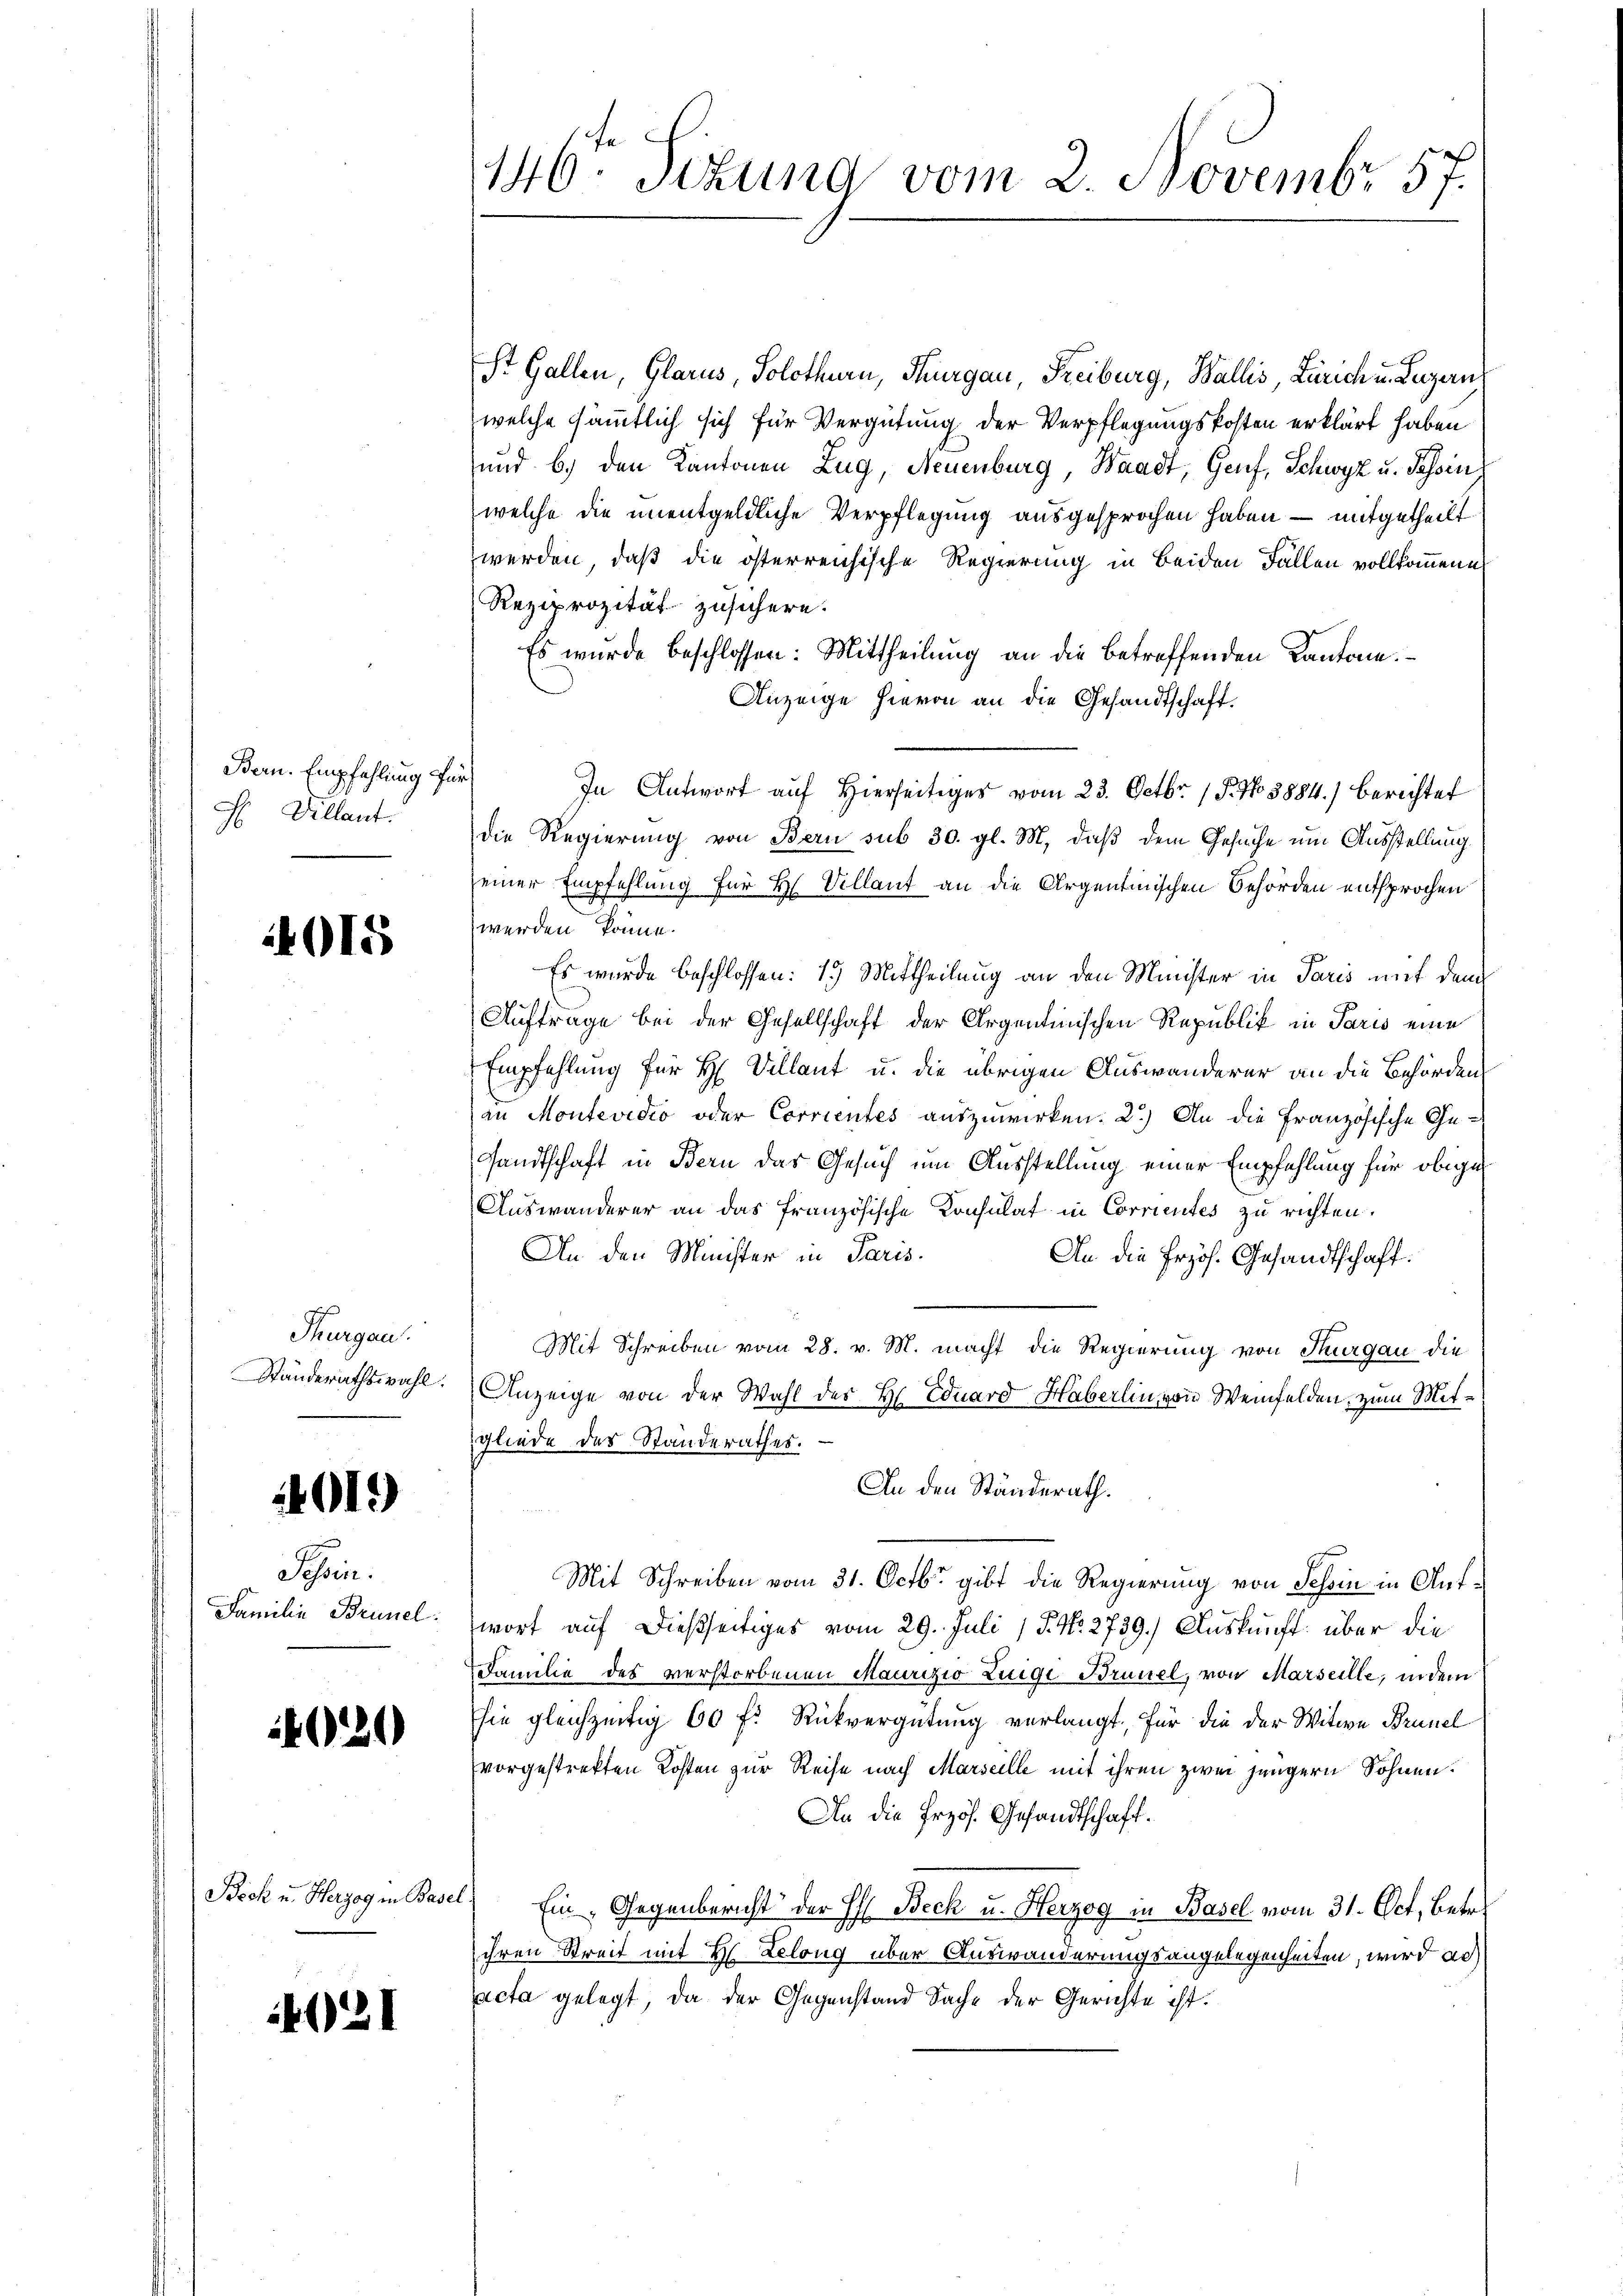
Bern. Empfehlung für
 Villant.

015

Thurgau.

4019

Schen.

4621

St. Gallen, Glarus, Solothurn, Thurgau, Freiburg, Wallis, Zürich u. Luzern
welche sämmtlich sich für Vergütung der Verpflegungskosten erklärt haben
und b.) den Kantonen Zug, Neuenburg, Waadt, Genf, Schwyz u. Tessin
welche die unentgeldliche Verpflegung ausgesprochen haben — mitgetheilt
werden, daß die österreichische Regierung in beiden Fällen vollkommene
Reziprozität zusichern.
Es wurde beschlossen: Mittheilung an die betreffenden Kantone.
Anzeige hievon an die Gesandtschaft.
In Antwort auf Hierseitiges vom 23. Octbr. 18. No 3884.) Berichtet
die Regierung von Bern sub 30. gl. M. daß dem Gesuche um Ausstellung
einer Empfehlung für H. Villant an die Argentinischen Behörden entsprochen
werden könne.
Es wurde beschlossen: 1. Mittheilung an den Minister in Paris mit dem
Auftrage bei der Gesellschaft der Argentinischen Republik in Paris eine
Empfehlung für H. Villant u. die übrigen Auswanderer an die Behörden
an Montevidio oder Corrientes auszuwirken. 2.) An die Französische Gesandtschaft in Bern das Gesuch um Ausstellung einer Empfehlung für obige
Auswanderer an das französische Konsulat in Corrientes zu richten.
An den Minister in Paris.
An die Erzös. Gesandtschaft:
Mit Schreiben vom 28. v. M. macht die Regierung von Thurgau die
Ständerathswahl. Anzeige von der Wahl der Hr. Eduard Haberlin von Weinfelden, zum Mitgliede des Standerathes.
An den Ständerath.
Mit Schreiben vom 31. Octbr. gibt die Regierung von Schon in Ant¬
Familie Brunel; wort auf dießseitiges vom 29. Juli 15 No 2739.) Auskunft über die
Familie des verstorbenen Maurizio Zeige Brünel, von Marseille, in dem
sie gleichzeitig 60 f. Rückvergütung verlangt, für die der Witwe Brünel
vorgestrekten Kosten zur Reise nach Marseille mit ihren zwei jüngern Söhnen.
An die Erzös. Gesandtschaft.
Beck u. Herzogin Basel Ein Gegenbericht der H. Beck u. Herzog in Basel vom 31. Oct, betr.
ihren Streit mit 2 Zelong über Auswanderungsangelegenheiten, wird au
acta gelegt, da der Gegenstand Sache der Gerichte ist.

4021

146 Sizung vom 2. Novembr. 157.